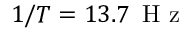
1 / T = 1 3 . 7 \, \mathrm { ~ H ~ z ~ }